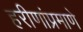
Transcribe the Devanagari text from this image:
हरीणांप्रमाणे